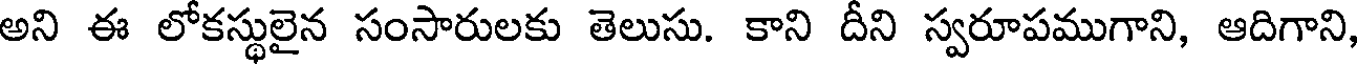
అని ఈ లోకస్థులైన సంసారులకు తెలుసు. కాని దీని స్వరూపముగాని, ఆదిగాని,